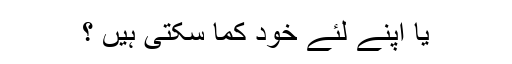
یا اپنے لئے خود کما سکتی ہیں ؟